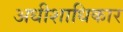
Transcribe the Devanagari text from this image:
अधीशाधिकार